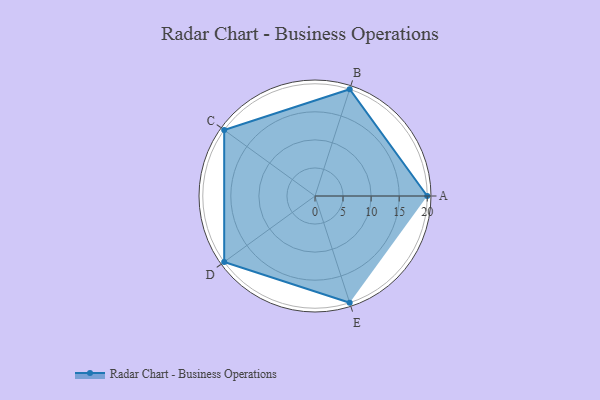
{"axis": {"x": "Skill", "y": "Score"}, "legend": ["Profile"], "data": [{"x": "A", "y": 20, "type": "Profile"}, {"x": "B", "y": 20, "type": "Profile"}, {"x": "C", "y": 20, "type": "Profile"}, {"x": "D", "y": 20, "type": "Profile"}, {"x": "E", "y": 20, "type": "Profile"}]}